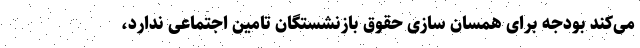
می‌کند بودجه برای همسان سازی حقوق بازنشستگان تامین اجتماعی ندارد،